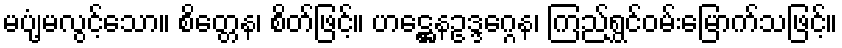
မပျံ့မလွင့်သော။ စိတ္တေန၊ စိတ်ဖြင့်။ ဟဋ္ဌေနဥဒ္ဒဂ္ဂေန၊ ကြည်ရွှင်ဝမ်းမြောက်သဖြင့်။